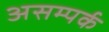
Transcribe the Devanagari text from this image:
असम्पर्क